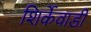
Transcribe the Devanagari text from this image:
शिर्केवाडी